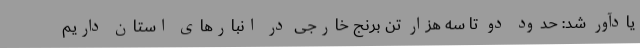
یادآور شد: حدود دو تا سه هزار تن برنج خارجی در انبارهای استان داریم